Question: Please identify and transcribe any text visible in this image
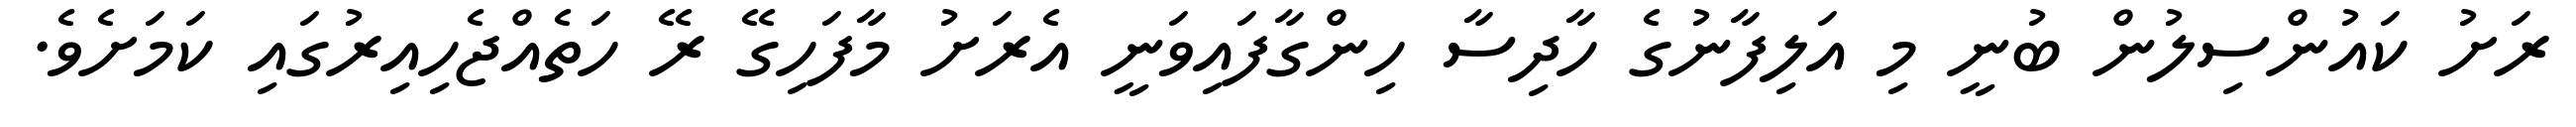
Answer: ރަށު ކައުންސިލުން ބުނީ މި އަލިފާނުގެ ހާދިސާ ހިންގާފައިވަނީ އެރަށު މާފަހިގޭ ރޭ ހަތެއްޖެހިއިރުގައި ކަމަށެވެ.